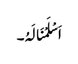
اَسْلَمْنَالَہُ۔